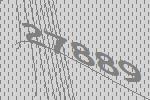
27889